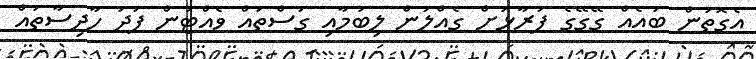
އެގޮތުން ބައެއް ގޭގޭގެ ފުރާޅަށް ގެއްލުން ލިބުމާއި ގަސްތައް ވެއްޓުން ފަދަ ހާދިސާތައް